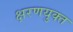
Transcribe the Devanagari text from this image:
क्षरणयुक्त